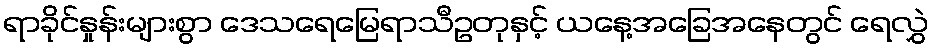
ရာခိုင်နှုန်းများစွာ ဒေသရေမြေရာသီဥတုနှင့် ယနေ့အခြေအနေတွင် ရေလွှဲ